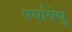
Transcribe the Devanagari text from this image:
पर्यायेषु